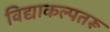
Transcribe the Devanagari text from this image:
विद्याकल्पतरू